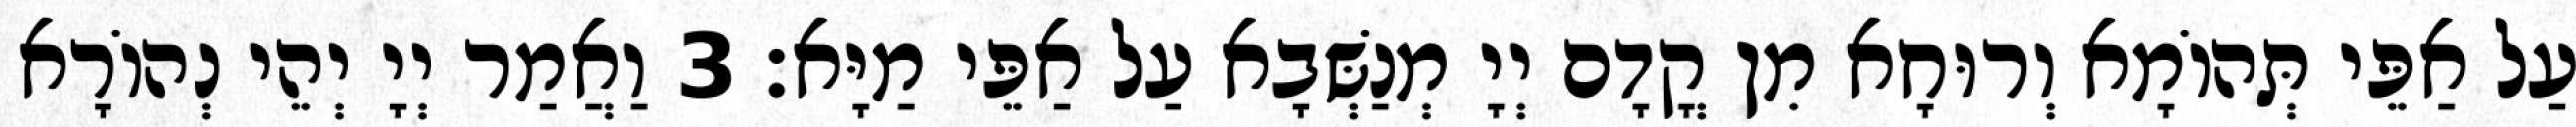
עַל אַפֵּי תְּהוֹמָא וְרוּחָא מִן קֳדָם יְיָ מְנַשְּׁבָא עַל אַפֵּי מַיָּא׃ 3 וַאֲמַר יְיָ יְהֵי נְהוֹרָא